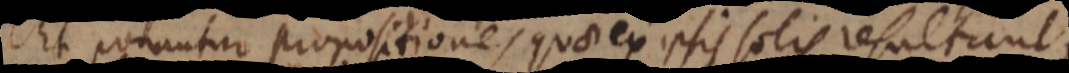
Et ponantur propositiones quae ex ipsis solis resultant;